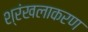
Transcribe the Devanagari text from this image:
श्रंखलाकरण